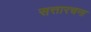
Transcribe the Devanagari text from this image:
सत्तारचना